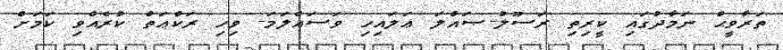
ތަރާވީޙް ނަމާދުގައި ކީރިތި ރަސޫލު-ޞައްލަ ޢަލައިހި ވަސައްލަމަ- ވިހި ރަކްޢަތް ކުރެއްވި ކަމަށް